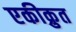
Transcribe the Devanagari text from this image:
एकीक्रुत